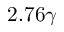
2 . 7 6 \gamma